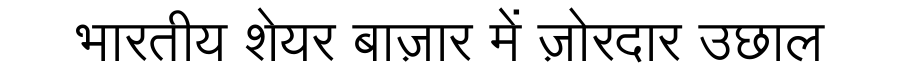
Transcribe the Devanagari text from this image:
भारतीय शेयर बाज़ार में ज़ोरदार उछाल